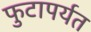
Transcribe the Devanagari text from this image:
फुटापर्यत